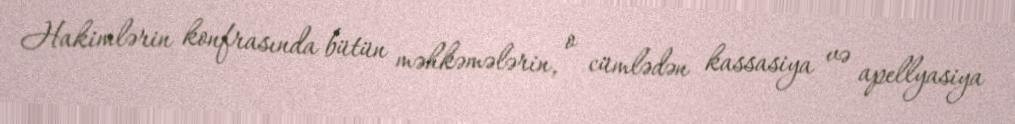
Hakimlərin konfrasında bütün məhkəmələrin, o cümlədən kassasiya və apellyasiya